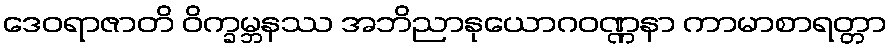
ဒေဝရာဇာတိ ဝိက္ခမ္ဘနဿ အဘိညာနုယောဂဝဏ္ဏနာ ကာမာစာရတ္တာ